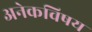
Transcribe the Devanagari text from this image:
अनेकविषय